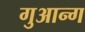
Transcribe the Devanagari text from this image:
गुआन्ग